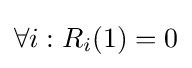
\forall i:R_{i}(1)=0